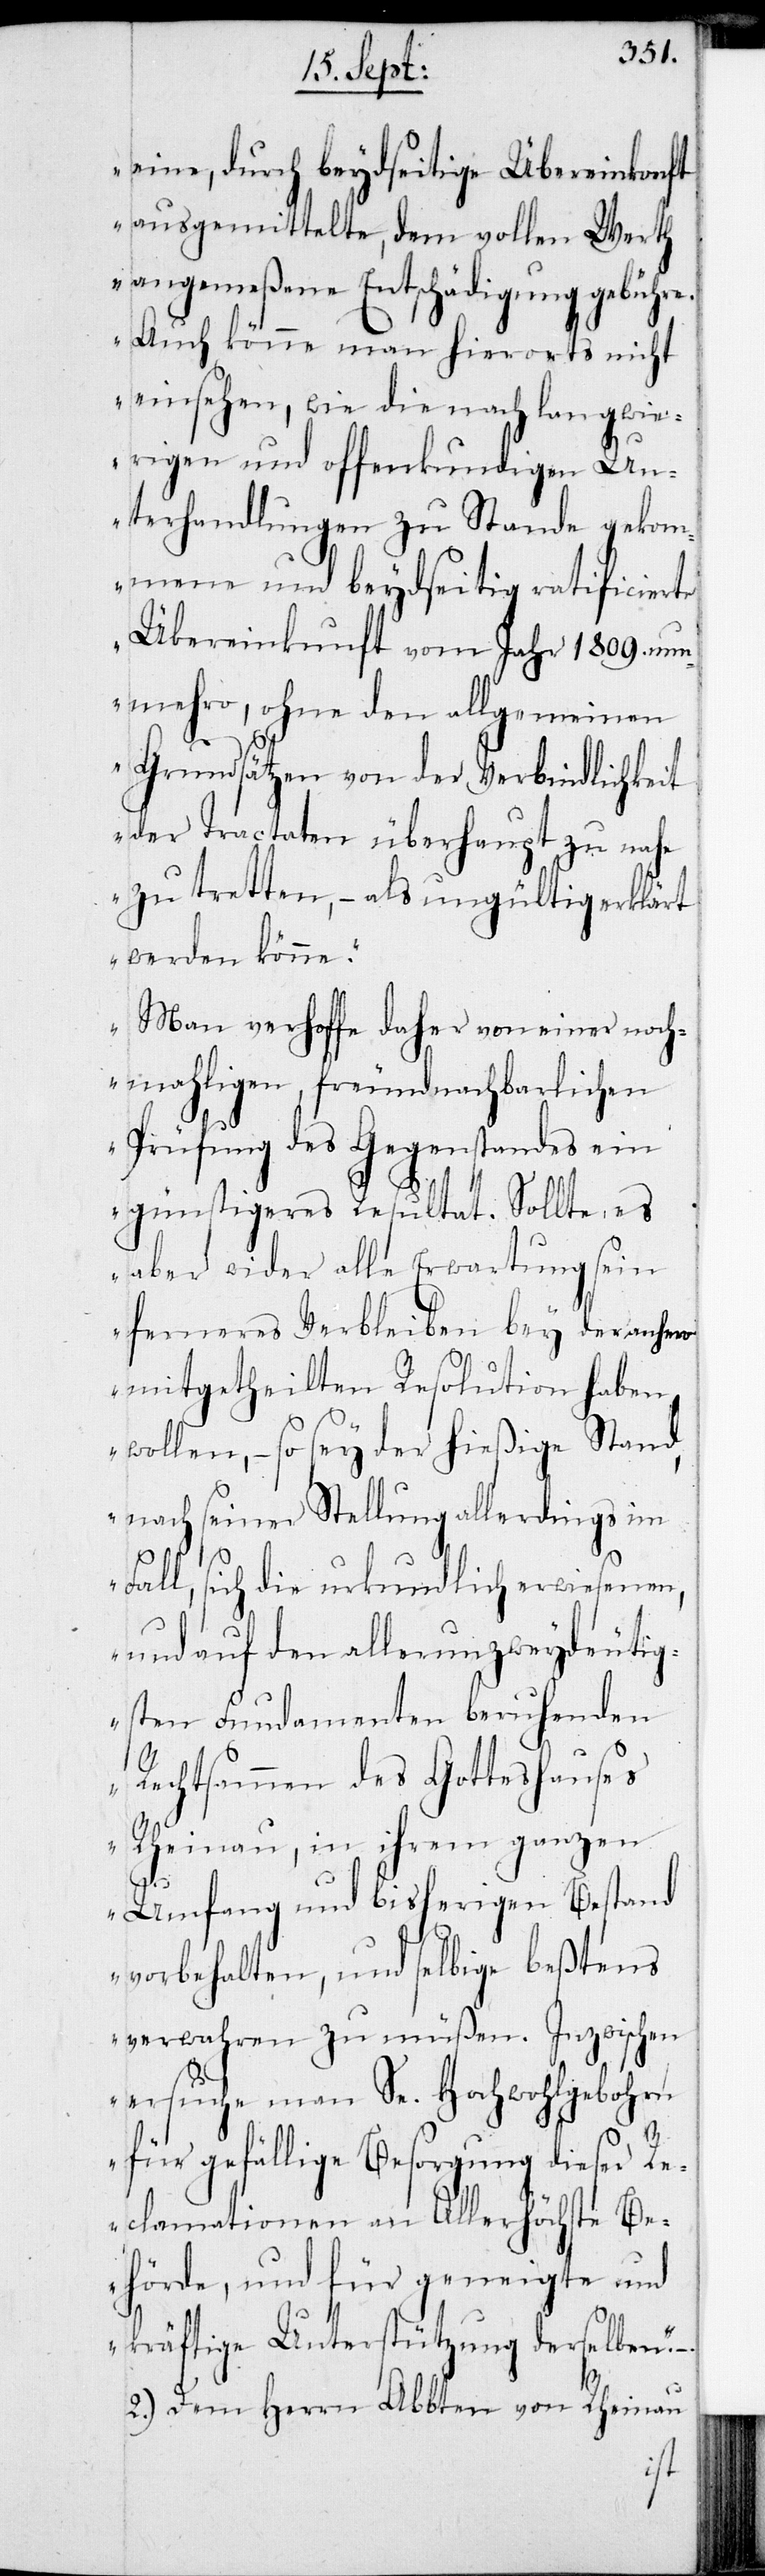
eine, durch beyderseitige Übereinkonft
ausgemittelte, dem vollen Werth
angemeßene Entschädigung gebühre.
Auch könne man hierorts nicht
einsehen, wie die nach langwie¬
rigen und offenkundigen Un¬
terhandlungen zu Stande gekom¬
mene und beyderseitig ratificierte
Übereinkunft vom Jahr 1809. nun¬
mehro, ohne den allgemeinen
Grundsätzen von der Vebindlichkeit
der Tractaten überhaupt zu nahe
zu tretten, – als ungültig erklärt
werden könne.“
Man verhoffe daher von einer noch¬
mahligen, freundnachbarlichen
Prüfung des Gegenstandes ein
günstigeres Resultat. Sollte es
aber wider alle Erwartung sein
ferneres Verbleiben bey der anhero
mitgetheilten Resolution haben
wollen, – so sey der hießige Stand,
nach seiner Stellung allerdings im
Fall, sich die urkundlich erwiesenen,
und auf den allerunzweydeutig¬
sten Fundamenten beruhenden
Rechtsammen des Gotteshauses
Rheinau, in ihrem ganzen
Umfang und bisherigen Bestand
vorbehalten, und selbige beßtens
verwahren zu müßen. Inzwischen
ersuche man Se. Hochwohlgebohrn
für gefällige Besorgung dieser Re¬
clamationen an Allerhöchste Be¬
hörde, und für geneigte und
kräftige Unterstützung derselben.“
2.) Dem Herrn Abbten von Rheinau